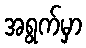
အရွက်မှာ